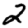
Digit: 2